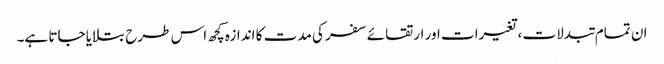
ان تمام تبدلات ،تغیرات اور ارتقائے سفر کی مدت کا اندازہ کچھ اس طرح بتلایا جاتا ہے۔